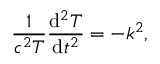
{ \frac { 1 } { c ^ { 2 } T } } { \frac { \mathrm { d } ^ { 2 } T } { \mathrm { d } t ^ { 2 } } } = - k ^ { 2 } ,